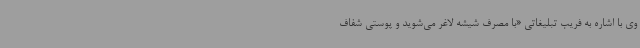
وی با اشاره به فریب تبلیغاتی «با مصرف شیشه لاغر می‌شوید و پوستی شفاف